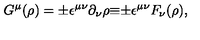
G ^ { \mu } ( \rho ) = { \pm } { \epsilon } ^ { { \mu } { \nu } } { \partial } _ { \nu } { \rho } { \equiv } { \pm } { \epsilon } ^ { { \mu } { \nu } } F _ { \nu } ( \rho ) ,